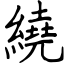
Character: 繞